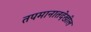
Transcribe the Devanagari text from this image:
तपमानातदेखील